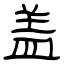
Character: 盖